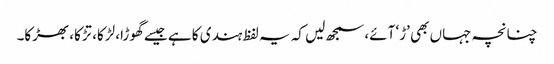
چنانچہ جہاں بھی ’ڑ‘ آئے، سمجھ لیں کہ یہ لفظ ہندی کا ہے جیسے گھوڑا، لڑکا، تڑکا، بھڑکا۔